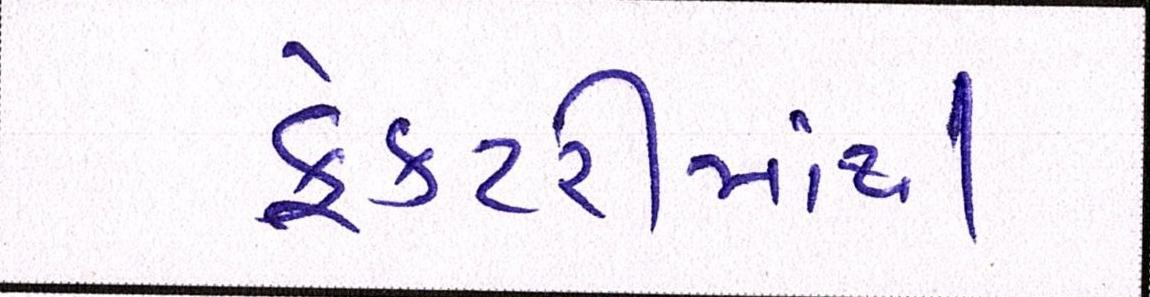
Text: ફેકટરીમાંથી